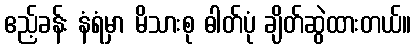
ဧည့်ခန်း နံရံမှာ မိသားစု ဓါတ်ပုံ ချိတ်ဆွဲထားတယ်။